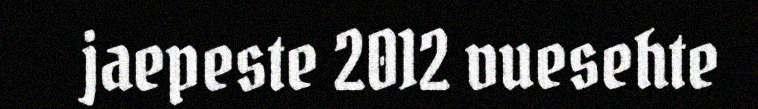
jaepeste 2012 vuesehte